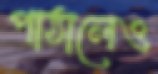
পাঠালেও